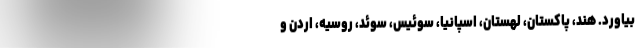
بیاورد. هند، پاکستان، لهستان، اسپانیا، سوئیس، سوئد، روسیه، اردن و